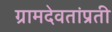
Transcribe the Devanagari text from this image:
ग्रामदेवतांप्रती